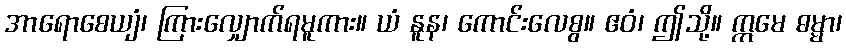
အာရောစေယျံ၊ ကြားလျှောက်ရမူကား။ ယံ နူန၊ ကောင်းလေစွ။ ဧဝံ၊ ဤသို့။ ဣမေ ဓမ္မာ၊